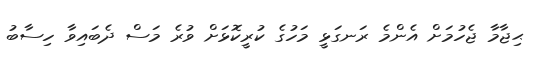
ޙިޖާމާ ޖެހުމަށް އެންމެ ރަނގަޅީ މަހުގެ ކުރީކޮޅަށް ވުރެ މަސް ދެބައިވާ ހިސާބު